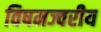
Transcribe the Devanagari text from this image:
विषमज्वरीय